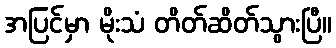
အပြင်မှာ မိုးသံ တိတ်ဆိတ်သွားပြီ။